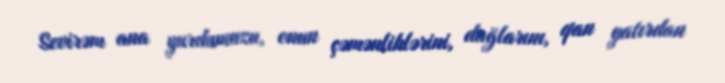
Sevirəm ana yurdumuzu, onun çəmənliklərini, dağlarını, qan yatırdan